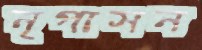
নৃপাসন